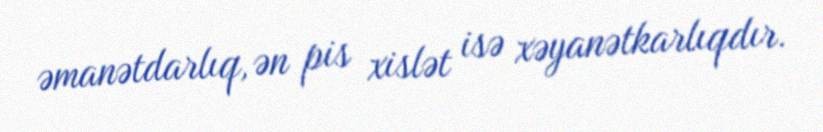
əmanətdarlıq, ən pis xislət isə xəyanətkarlıqdır.